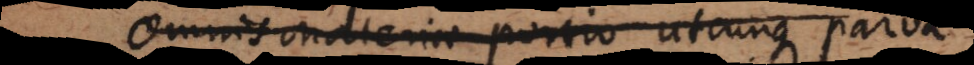
Omnis materiae portio utcunque parva